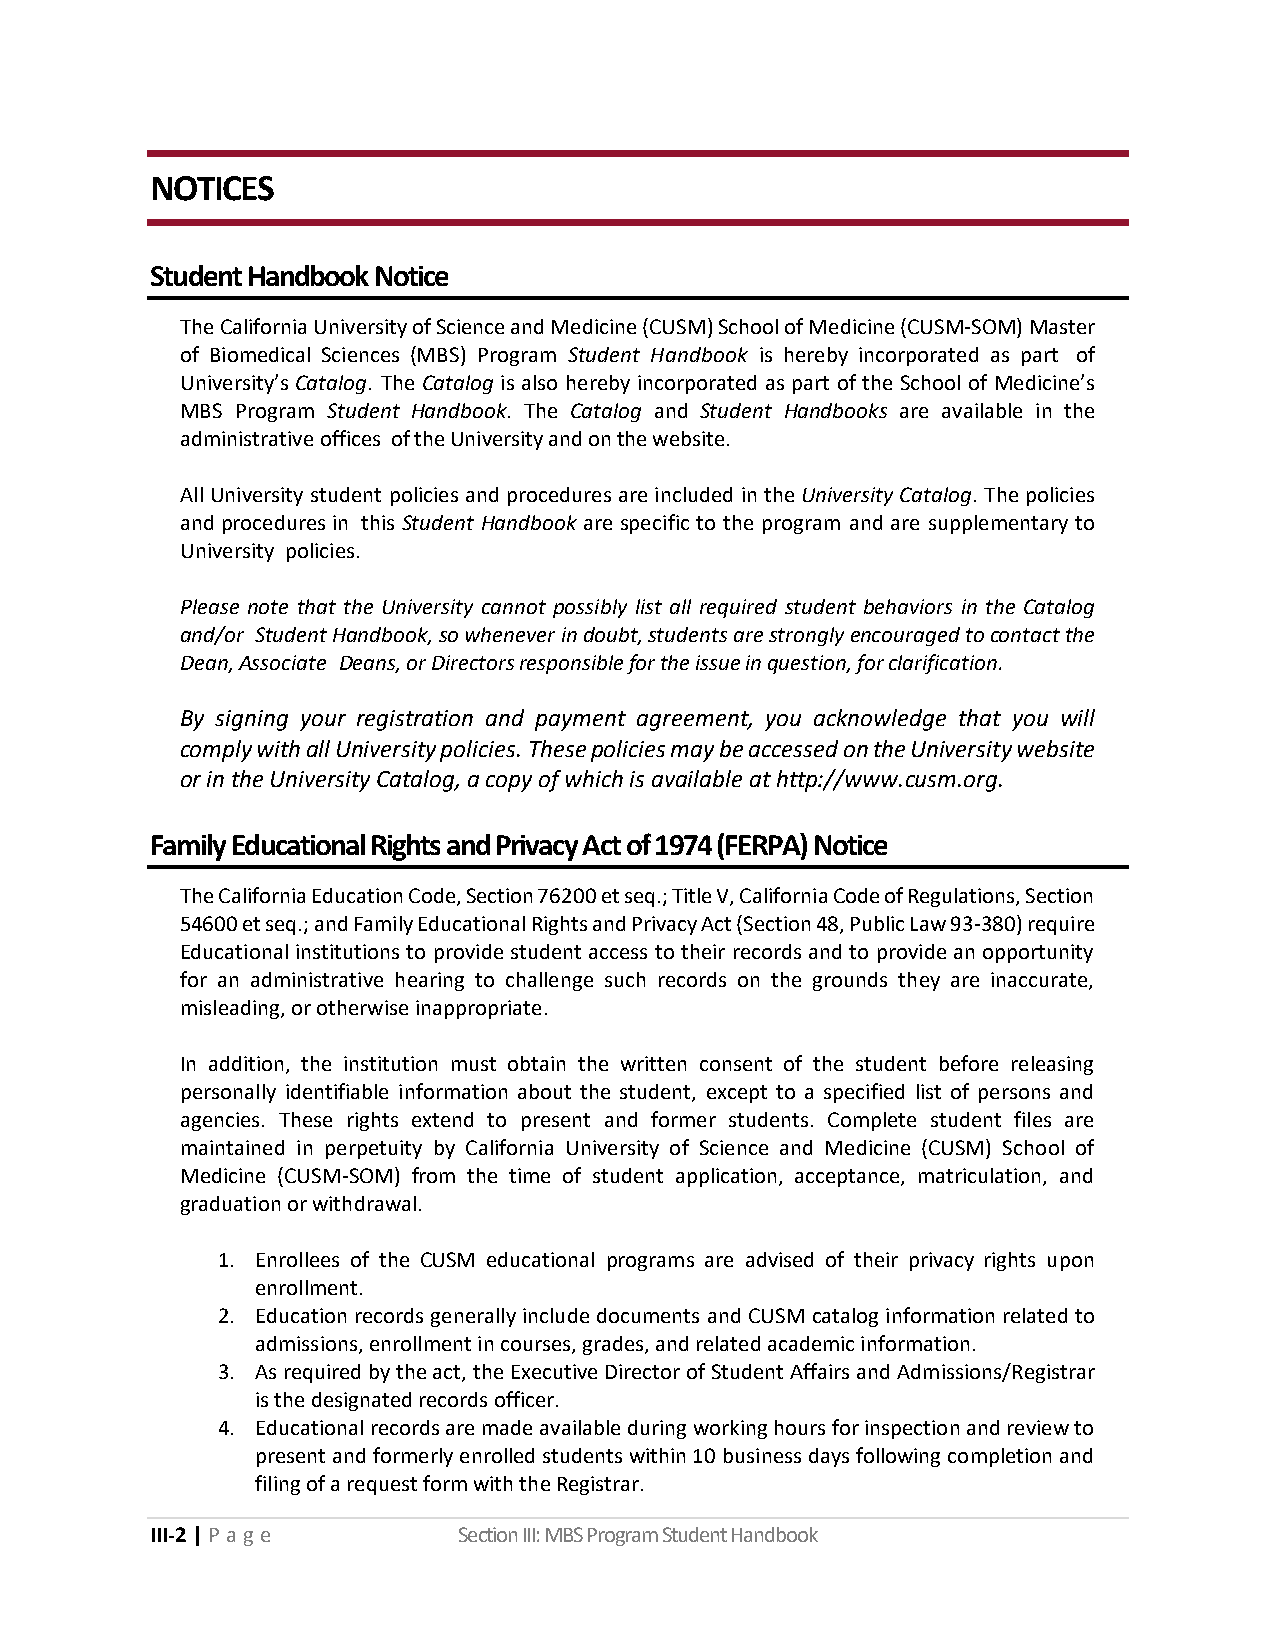
NOTICES
 Student Handbook Notice
 The California University of Science and Medicine (CUSM) School of Medicine (CUSM-SOM) Master
 of Biomedical Sciences (MBS) Program Student Handbook is hereby incorporated as part of
 University’s Catalog. The Catalog is also hereby incorporated as part of the School of Medicine’s
 MBS Program Student Handbook. The Catalog and Student Handbooks are available in the
 administrative offices of the University and on the website.
 All University student policies and procedures are included in the University Catalog. The policies
 and procedures in this Student Handbook are specific to the program and are supplementary to
 University policies.
 Please note that the University cannot possibly list all required student behaviors in the Catalog
 and/or Student Handbook, so whenever in doubt, students are strongly encouraged to contact the
 Dean, Associate Deans, or Directors responsible for the issue in question, for clarification.
 By signing your registration and payment agreement, you acknowledge that you will
 comply with all University policies. These policies may be accessed on the University website
 or in the University Catalog, a copy of which is available at http://www.cusm.org.
 Family Educational Rights and Privacy Act of 1974 (FERPA) Notice
 The California Education Code, Section 76200 et seq.; Title V, California Code of Regulations, Section
 54600 et seq.; and Family Educational Rights and Privacy Act (Section 48, Public Law 93-380) require
 Educational institutions to provide student access to their records and to provide an opportunity
 for an administrative hearing to challenge such records on the grounds they are inaccurate,
 misleading, or otherwise inappropriate.
 In addition, the institution must obtain the written consent of the student before releasing
 personally identifiable information about the student, except to a specified list of persons and
 agencies. These rights extend to present and former students. Complete student files are
 maintained in perpetuity by California University of Science and Medicine (CUSM) School of
 Medicine (CUSM-SOM) from the time of student application, acceptance, matriculation, and
 graduation or withdrawal.
 1. Enrollees of the CUSM educational programs are advised of their privacy rights upon
 enrollment.
 2. Education records generally include documents and CUSM catalog information related to
 admissions, enrollment in courses, grades, and related academic information.
 3. As required by the act, the Executive Director of Student Affairs and Admissions/Registrar
 is the designated records officer.
 4. Educational records are made available during working hours for inspection and review to
 present and formerly enrolled students within 10 business days following completion and
 filing of a request form with the Registrar.
 III-2 | P a ge      Section III: MBS Program Student Handbook